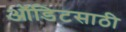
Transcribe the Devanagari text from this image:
ऑडिटसाठी